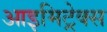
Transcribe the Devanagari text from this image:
आइमिट्रेक्स